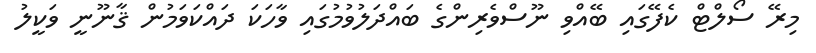
މިރޭ ސޯލްޓް ކެފޭގައި ބޭއްވި ނޫސްވެރިންގެ ބައްދަލުވުމުގައި ވާހަކަ ދައްކަވަމުން ޤާނޫނީ ވަކީލު